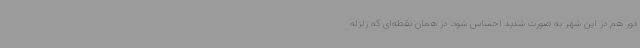
دور هم در این شهر به صورت شدید احساس شود. در همان نقطه‌ای که زلزله